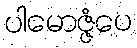
ပါမောဇ္ဇံပေ